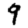
Digit: 9